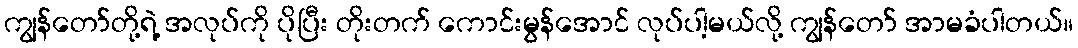
ကျွန်တော်တို့ရဲ့ အလုပ်ကို ပိုပြီး တိုးတက် ကောင်းမွန်အောင် လုပ်ပါ့မယ်လို့ ကျွန်တော် အာမခံပါတယ်။